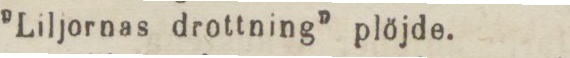
”Liljornas drottning” plöjde.